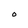
Character: O